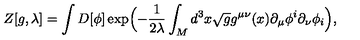
Z [ g , \lambda ] = \int D [ \phi ] \exp \Bigl ( - { \frac { 1 } { 2 \lambda } } \int _ { \sl M } d ^ { 3 } x \sqrt { g } g ^ { \mu \nu } ( x ) \partial _ { \mu } \phi ^ { i } \partial _ { \nu } \phi _ { i } \Bigr ) ,